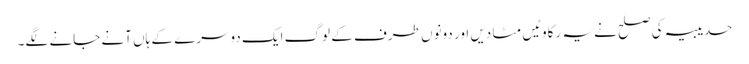
حدیبیہ کی صلح نے یہ رکاوٹیں مٹا دیں اور دونوں طرف کے لوگ ایک دوسرے کے ہاں آنے جانے لگے۔